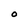
Character: 0